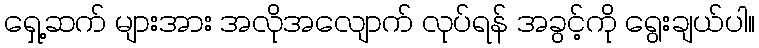
ရှေ့ဆက် များအား အလိုအလျောက် လုပ်ရန် အခွင့်ကို ရွေးချယ်ပါ။